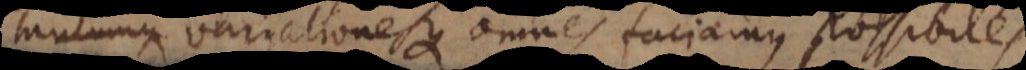
antumque variationesque omnes faciamus possibiles